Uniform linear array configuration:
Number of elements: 24
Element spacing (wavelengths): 1
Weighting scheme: binomial
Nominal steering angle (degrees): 45
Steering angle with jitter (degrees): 46.821
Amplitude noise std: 0.05
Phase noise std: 0.05

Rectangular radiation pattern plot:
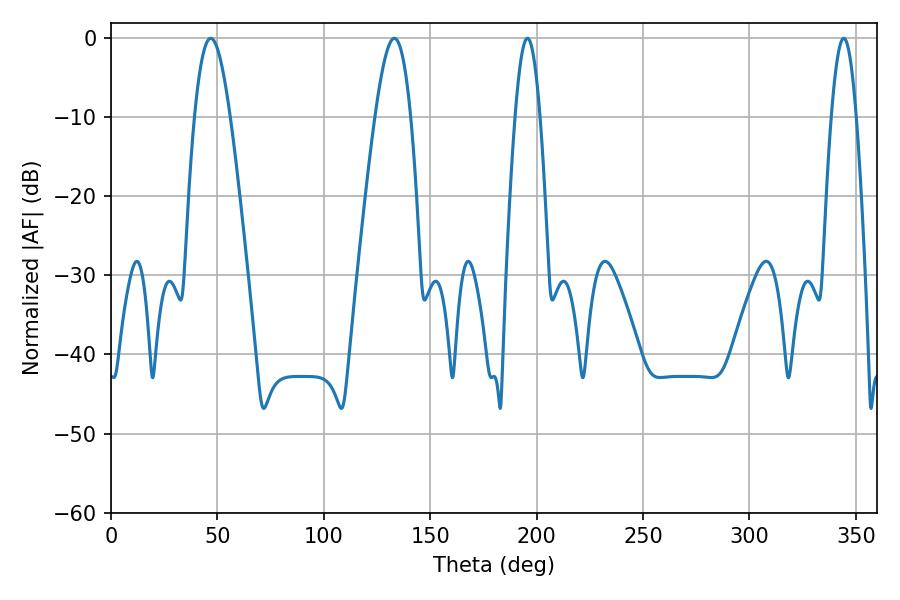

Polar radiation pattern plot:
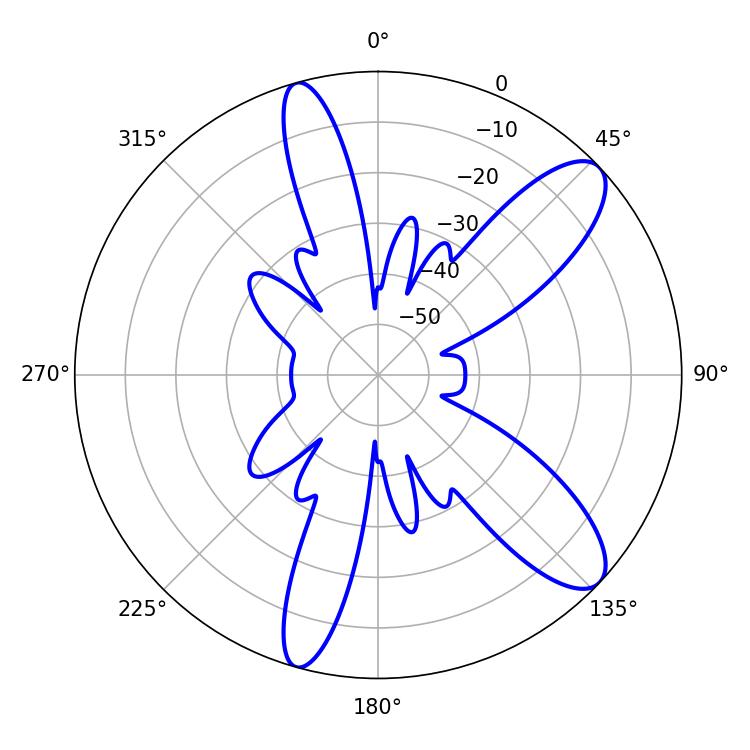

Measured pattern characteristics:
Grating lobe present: TRUE
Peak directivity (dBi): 10.314
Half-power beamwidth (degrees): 6.3
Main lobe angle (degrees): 344.34